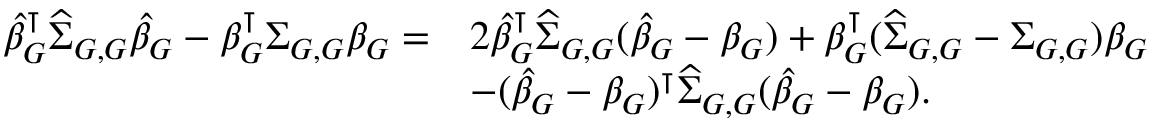
\begin{array} { r l } { \widehat { \beta } _ { G } ^ { \intercal } \widehat { \Sigma } _ { G , G } \widehat { \beta } _ { G } - \beta _ { G } ^ { \intercal } \Sigma _ { G , G } \beta _ { G } = } & { 2 \widehat { \beta } _ { G } ^ { \intercal } \widehat { \Sigma } _ { G , G } ( \widehat { \beta } _ { G } - \beta _ { G } ) + \beta _ { G } ^ { \intercal } ( \widehat { \Sigma } _ { G , G } - \Sigma _ { G , G } ) \beta _ { G } } \\ & { - ( \widehat { \beta } _ { G } - \beta _ { G } ) ^ { \intercal } \widehat { \Sigma } _ { G , G } ( \widehat { \beta } _ { G } - \beta _ { G } ) . } \end{array}